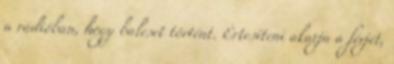
a rádióban, hogy baleset történt. Értesíteni akarja a férjét,